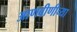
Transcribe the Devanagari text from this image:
आणबीणीच्या